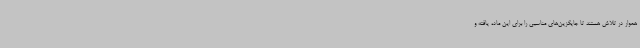
هموار در تلاش هستند تا جایگزین‌های مناسبی را برای این ماده یافته و